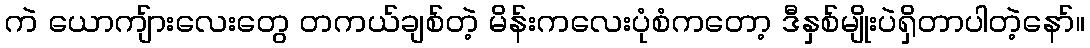
ကဲ ယောကျ်ားလေးတွေ တကယ်ချစ်တဲ့ မိန်းကလေးပုံစံကတော့ ဒီနှစ်မျိုးပဲရှိတာပါတဲ့နော်။